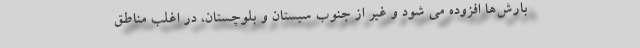
بارش‌ها افزوده می شود و غیر از جنوب سیستان و بلوچستان، در اغلب مناطق